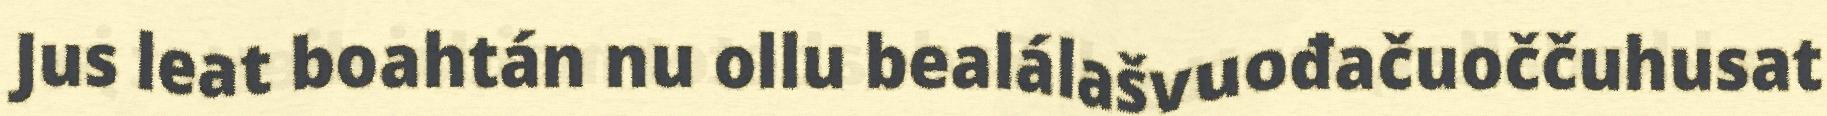
Jus leat boahtán nu ollu bealálašvuođačuoččuhusat